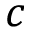
c